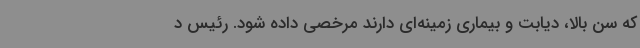
که سن بالا، دیابت و بیماری ‌زمینه‌ای دارند مرخصی داده شود. رئیس د